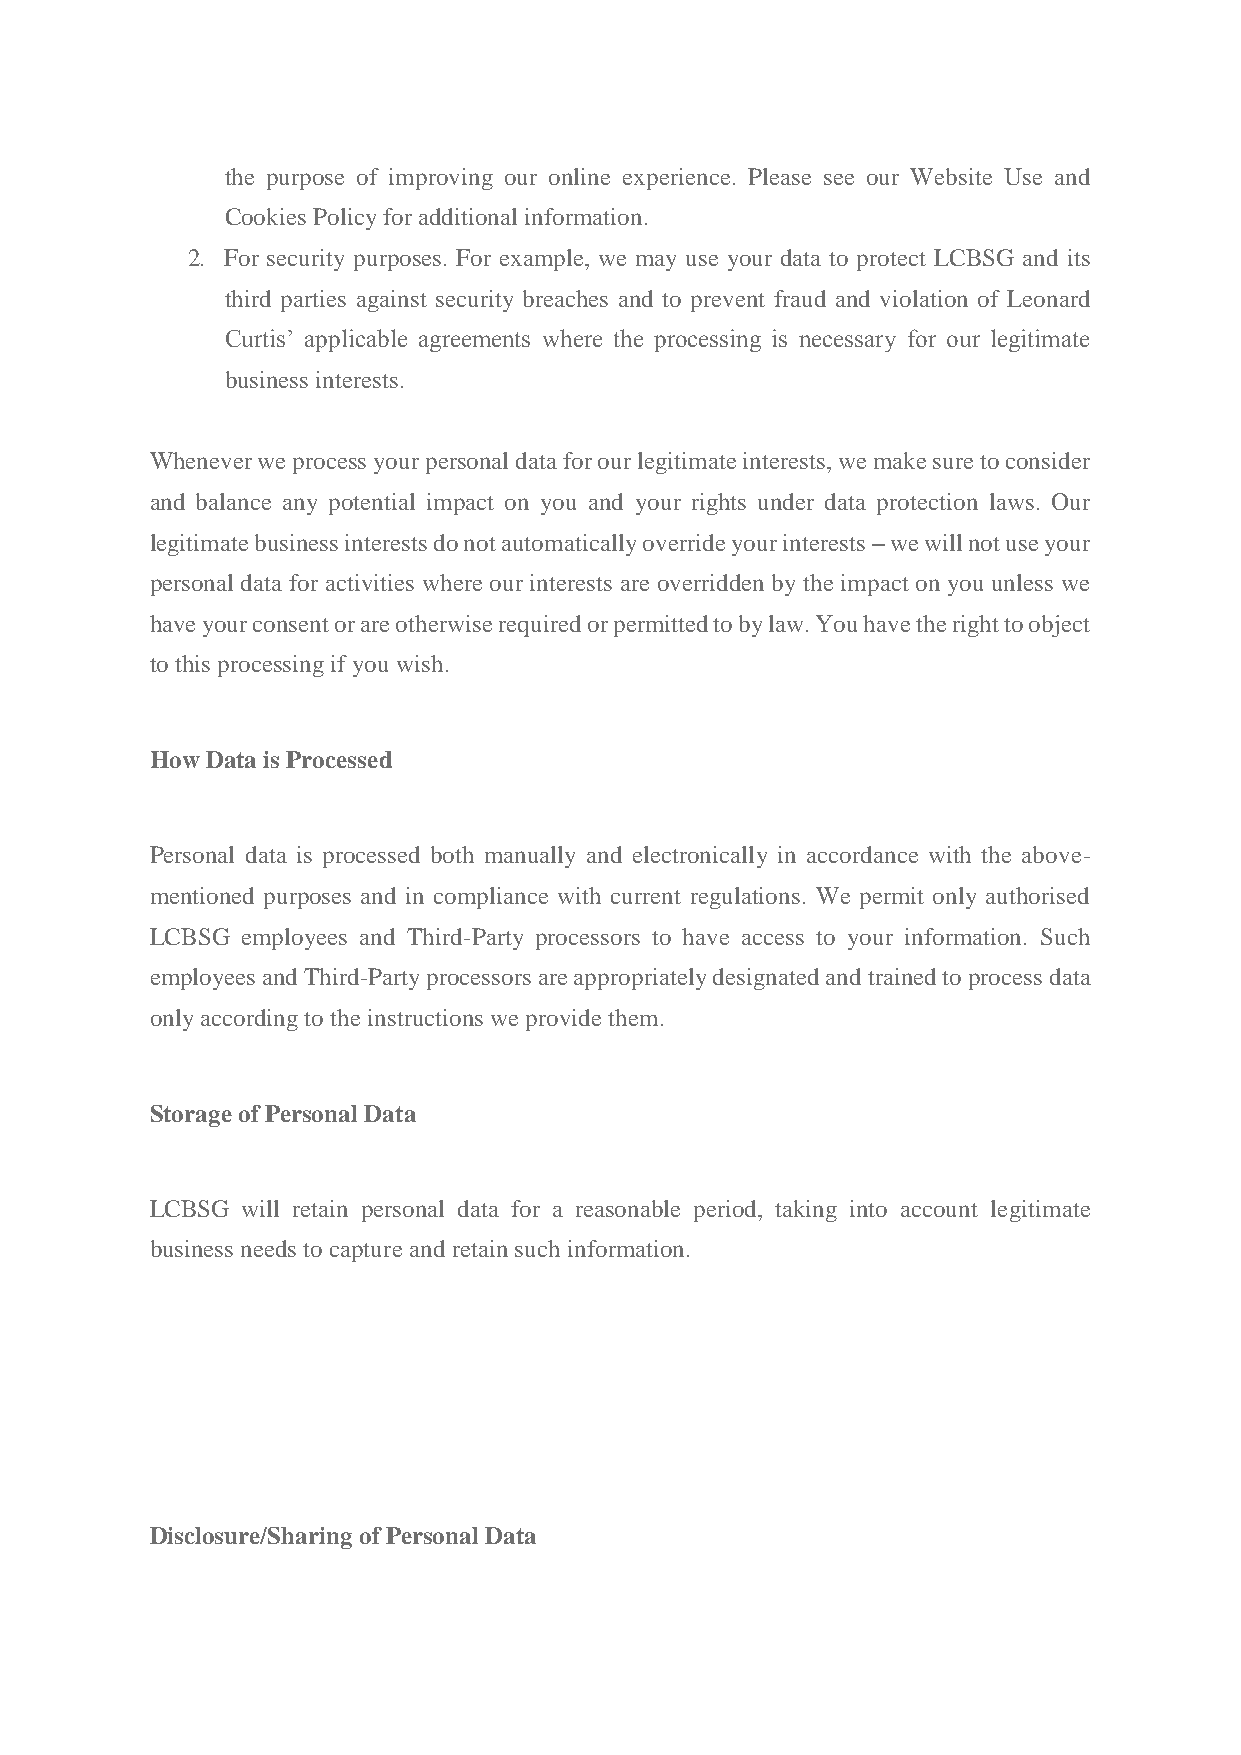
the purpose of improving our online experience. Please see our Website Use and
 Cookies Policy for additional information.
 2. For security purposes. For example, we may use your data to protect LCBSG and its
 third parties against security breaches and to prevent fraud and violation of Leonard
 Curtis’ applicable agreements where the processing is necessary for our legitimate
 business interests.
 Whenever we process your personal data for our legitimate interests, we make sure to consider
 and balance any potential impact on you and your rights under data protection laws. Our
 legitimate business interests do not automatically override your interests – we will not use your
 personal data for activities where our interests are overridden by the impact on you unless we
 have your consent or are otherwise required or permitted to by law. You have the right to object
 to this processing if you wish.
 How Data is Processed
 Personal data is processed both manually and electronically in accordance with the above-
 mentioned purposes and in compliance with current regulations. We permit only authorised
 LCBSG employees and Third-Party processors to have access to your information. Such
 employees and Third-Party processors are appropriately designated and trained to process data
 only according to the instructions we provide them.
 Storage of Personal Data
 LCBSG will retain personal data for a reasonable period, taking into account legitimate
 business needs to capture and retain such information.
 Disclosure/Sharing of Personal Data